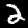
Label: 2